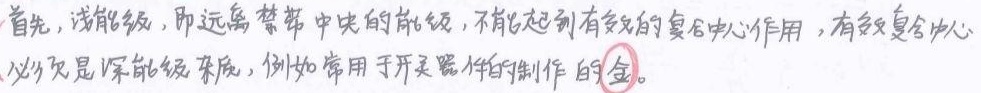
首先，浅能级，即远离禁带中央的能级，不能起到有效的复合中心作用，有效复合中心必须是深能级杂质，例如常用于开关器件制作的\underline{金}。